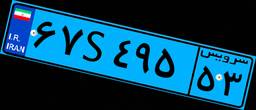
۰۵S۱۵۲۴۳